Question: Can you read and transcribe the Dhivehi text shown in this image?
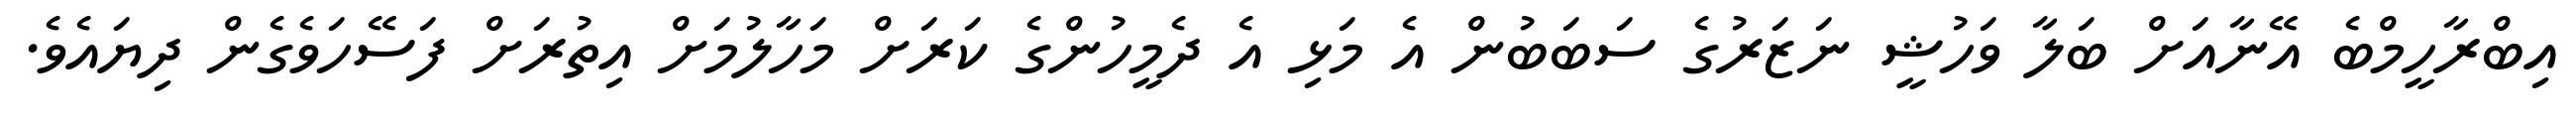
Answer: އިބްރާހީމްބެ އޭނާއަށް ބަލާ ވަހުޝީ ނަޒަރުގެ ސަބަބުން އެ މަޅި އެ ދެމީހުންގެ ކަރަށް މަހާލުމަށް އިތުރަށް ފަސޭހަވެގެން ދިޔައެވެ.